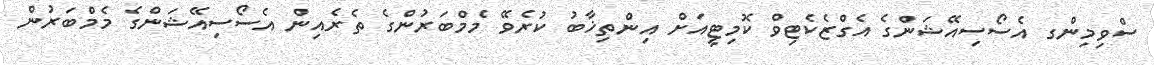
ސްވިމިންގ އެސޯސިއޭޝަންގެ އެގްޒެކެޓިވް ކޮމިޓީއަށް އިންތިޚާބު ކުރެވޭ މެމްބަރުންގެ ތެރެއިން އެސޯސިއޭޝަންގެ މެމްބަރުން